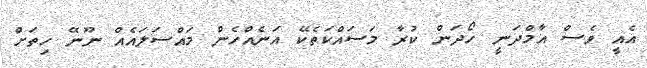
އެއީ ވެސް އާމްދަނީ ހޯދަން ކުރާ މަސައްކަތެކޭ އަނެއްހެން މައްސަލައެއް ނޫނޭ ހިތަށް